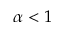
\alpha < 1